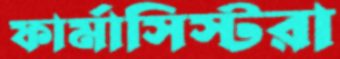
ফার্মাসিস্টরা